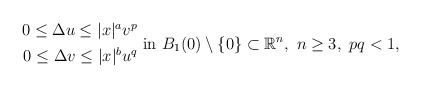
\begin{align*}\begin{aligned} 0\leq \Delta u\leq |x|^a v^p \\ 0\leq \Delta v\leq |x|^b u^q \end{aligned} \mbox{ in }B_1(0)\setminus\{0\}\subset\mathbb{R}^n, \ n\geq 3,\ pq<1, \end{align*}